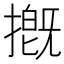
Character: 摡